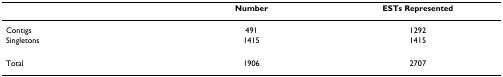
<table><thead><tr><td></td><td><b>Number</b></td><td><b>ESTs Represented</b></td></tr></thead><tbody><tr><td>Contigs</td><td>491</td><td>1292</td></tr><tr><td>Singletons</td><td>1415</td><td>1415</td></tr><tr><td>Total</td><td>1906</td><td>2707</td></tr></tbody></table>